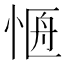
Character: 𭝐